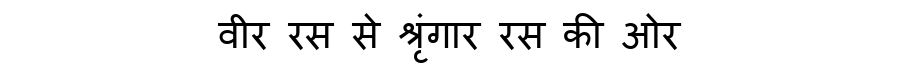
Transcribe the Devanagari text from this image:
वीर रस से श्रृंगार रस की ओर